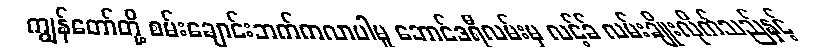
ကျွန်တော်တို့ စမ်းချောင်းဘက်ကလာပါမူ ဘောင်ဒရီလမ်းမှ လင့်ခ် လမ်းချိုးလိုက်သည်နှင့်